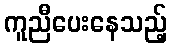
ကူညီပေးနေသည့်